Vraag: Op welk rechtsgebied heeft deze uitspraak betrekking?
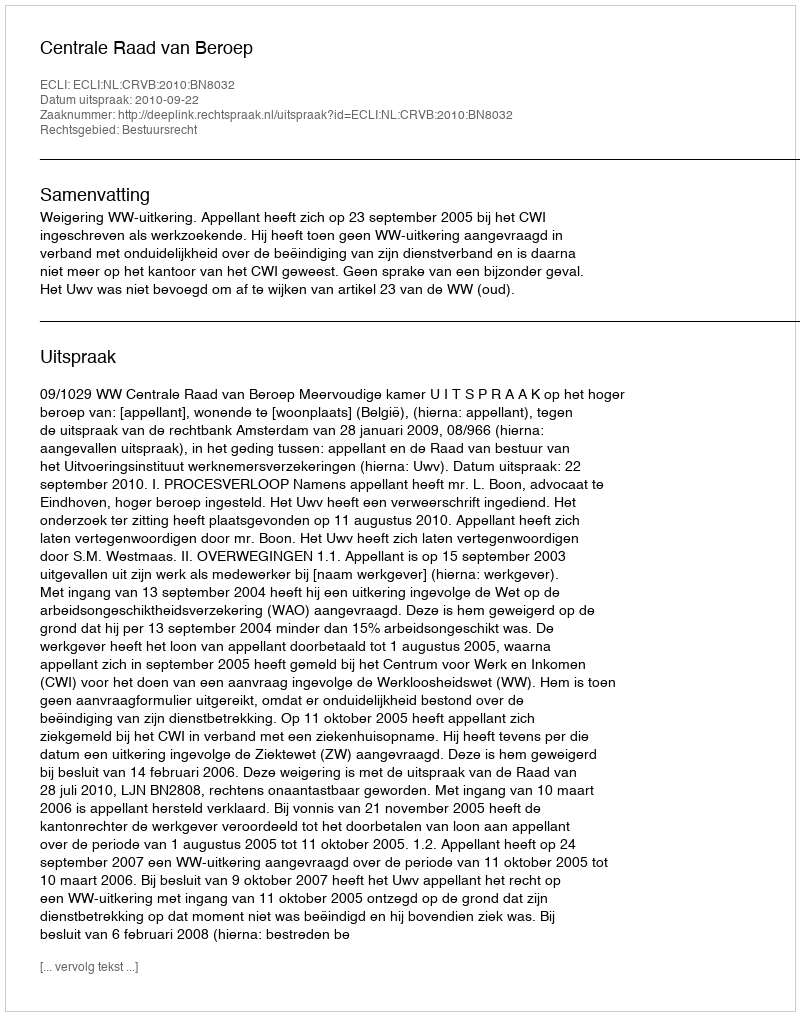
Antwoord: Bestuursrecht